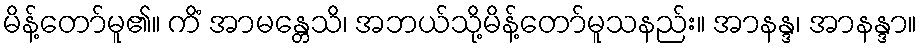
မိန့်တော်မူ၏။ ကိံ အာမန္တေသိ၊ အဘယ်သို့မိန့်တော်မူသနည်း။ အာနန္ဒ၊ အာနန္ဒာ။